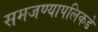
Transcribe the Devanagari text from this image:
समजण्यापलिकडे